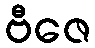
ဗီဇေ